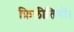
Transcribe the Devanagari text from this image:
फ़िलीतियों।